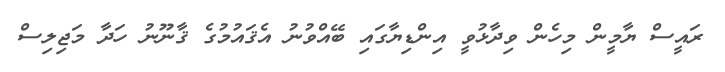
ރައީސް ޔާމީން މިހެން ވިދާޅުވީ އިންޑިޔާގައި ބޭއްވުނު އެޤައުމުގެ ޤާނޫނު ހަދާ މަޖިލިސް